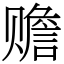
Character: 赡